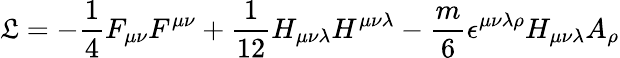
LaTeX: {\cal\mathfrak{L}}=-\frac{{1}}{{4}}F_{\mu\nu}F^{\mu\nu}+\frac{{1}}{{12}}H_{\mu\nu\lambda}H^{\mu\nu\lambda}-\frac{{m}}{{6}}\epsilon^{\mu\nu\lambda\rho}H_{\mu\nu\lambda}A_{\rho}